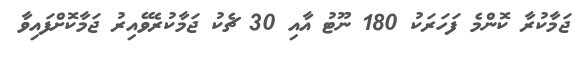
ޖަމާކުރާ ކޮންމެ ފަހަރަކު 180 ނޫޓު އާއި 30 ޗެކު ޖަމާކުރެވޭއިރު ޖަމާކޮށްފައިވާ